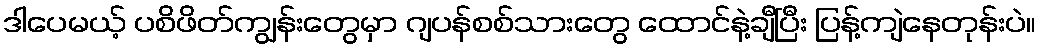
ဒါပေမယ့် ပစိဖိတ်ကျွန်းတွေမှာ ဂျပန်စစ်သားတွေ ထောင်နဲ့ချီပြီး ပြန့်ကျဲနေတုန်းပဲ။